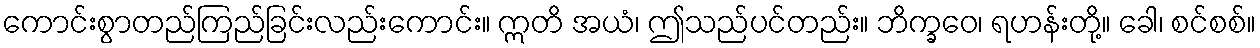
ကောင်းစွာတည်ကြည်ခြင်းလည်းကောင်း။ ဣတိ အယံ၊ ဤသည်ပင်တည်း။ ဘိက္ခဝေ၊ ရဟန်းတို့။ ခေါ၊ စင်စစ်။